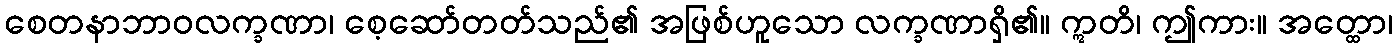
စေတနာဘာဝလက္ခဏာ၊ စေ့ဆော်တတ်သည်၏ အဖြစ်ဟူသော လက္ခဏာရှိ၏။ ဣတိ၊ ဤကား။ အတ္ထော၊